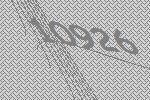
10926